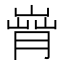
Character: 𦞄